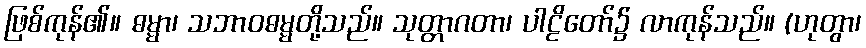
ဖြစ်ကုန်၏။ ဓမ္မာ၊ သဘာဝဓမ္မတို့သည်။ သုတ္တာဂတာ၊ ပါဠိတော်၌ လာကုန်သည်။ (ဟုတွာ၊